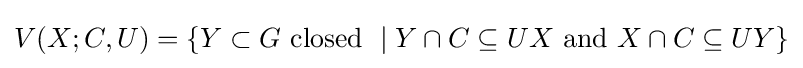
V(X;C,U)=\{Y\subset G{\text{ closed }}\mid Y\cap C\subseteq UX{\text{ and }}X\cap C\subseteq UY\}